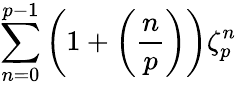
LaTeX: \sum_{n=0}^{p-1}\left(1+\left({\frac{n}{p}}\right)\right)\zeta_{p}^{n}